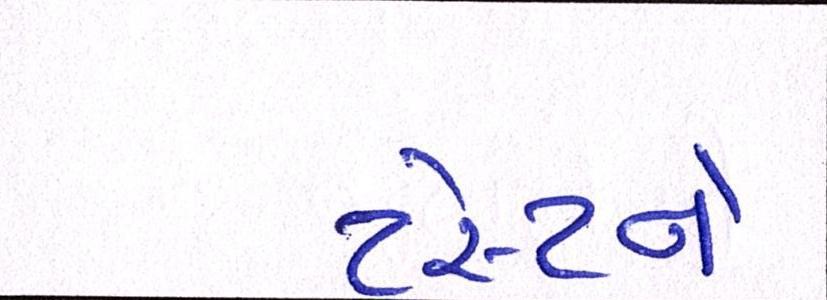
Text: ટેસ્ટને